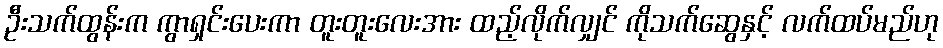
ဦးသက်ထွန်းက ကွာရှင်းပေးကာ တူးတူးလေးအား ထည့်လိုက်လျှင် ကိုသက်ဆွေနှင့် လက်ထပ်မည်ဟု